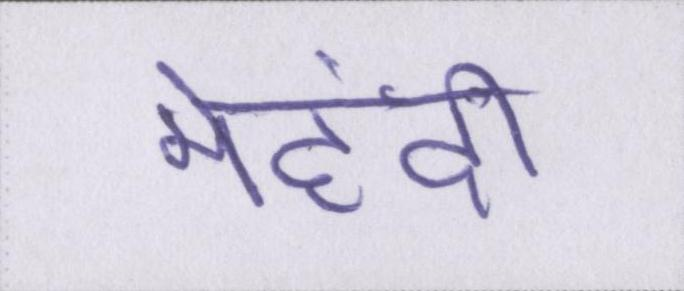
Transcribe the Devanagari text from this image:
मेहंदी